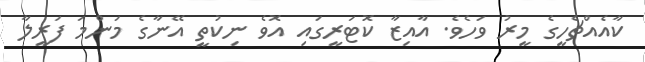
ކާއެއްޗެހީގެ މީރު ވަހެވެ. އާއިޒާ ކޮޓަރީގައި އޮވެ ނިކުތީ އޭނާގެ މަންމަ ފަރީލާ